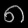
Digit: ၈